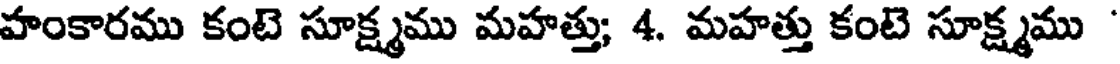
హంకారము కంటె సూక్ష్మము మహత్తు; 4. మహత్తు కంటె సూక్ష్మము